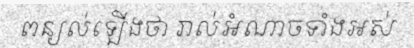
ពន្យល់ឡើងថា រាល់អំណាចទាំងអស់